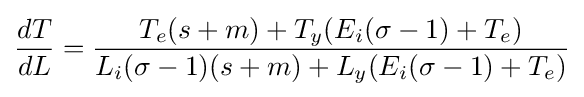
{\frac {dT}{dL}}={\frac {T_{e}(s+m)+T_{y}(E_{i}(\sigma -1)+T_{e})}{L_{i}(\sigma -1)(s+m)+L_{y}(E_{i}(\sigma -1)+T_{e})}}